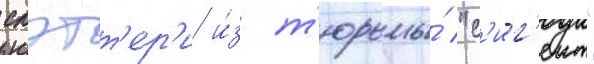
слэтт'ер'и и́з т'юрьмы́ "с'иг'еит"